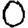
Digit: 0